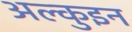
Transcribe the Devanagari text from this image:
अल्कुइन